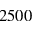
2 5 0 0